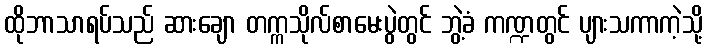
ထိုဘာသာရပ်သည် ဆားချော တက္ကသိုလ်စာမေးပွဲတွင် ဘွဲ့ခံ ကဏ္ဍတွင် ပျားသကာကဲ့သို့